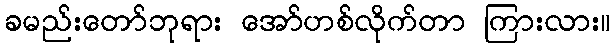
ခမည်းတော်ဘုရား အော်ဟစ်လိုက်တာ ကြားလား။